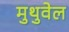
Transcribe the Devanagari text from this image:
मुथुवेल